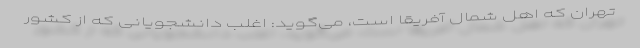
تهران که اهل شمال آفریقا است، می‌گوید: اغلب دانشجویانی که از کشور